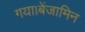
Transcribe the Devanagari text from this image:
गया।बेंजामिन